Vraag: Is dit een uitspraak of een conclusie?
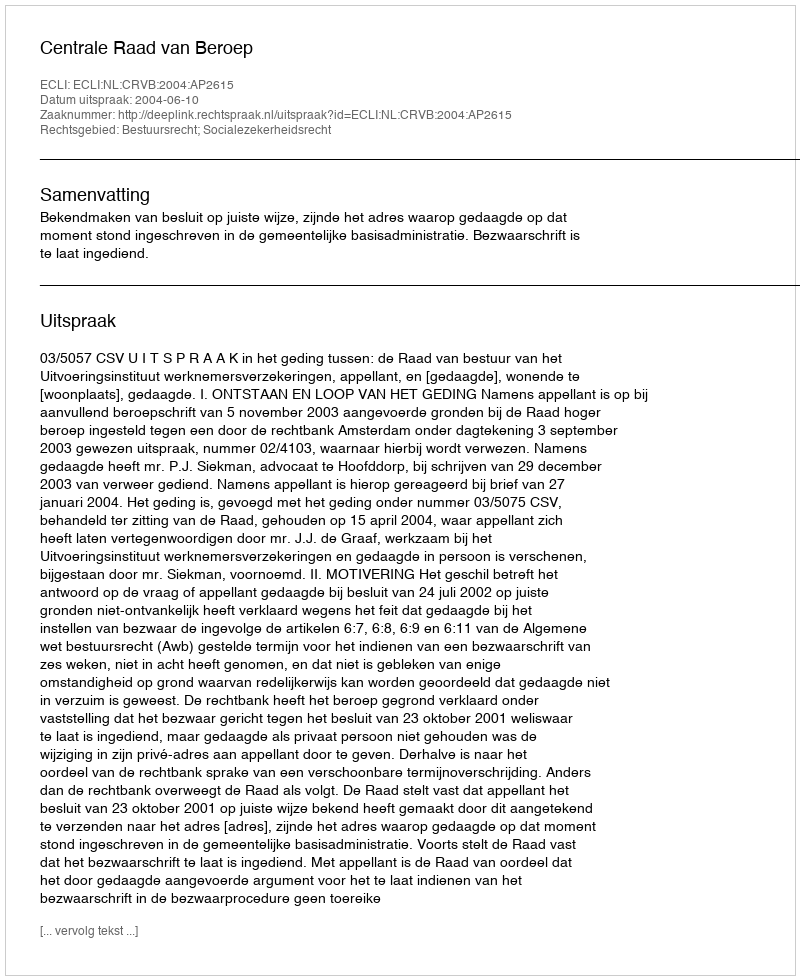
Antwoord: Uitspraak